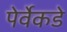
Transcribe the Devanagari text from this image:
पेर्वेकडे